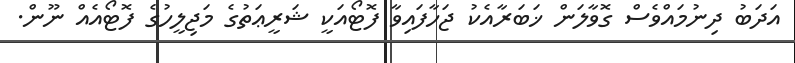
އަދަބު ދިނުމައްވެސް ގޮވާލަން ޚަބަރާއެކު ޖަހާފައިވާ ފޮޓޯއަކީ ޝަރީޢަތުގެ މަޖިލީހުގެ ފޮޓޯއެއް ނޫން.